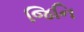
જિનિ